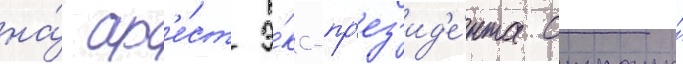
на́ ар'е́ст э́кс-пр'ез'ид'е́нта страны́